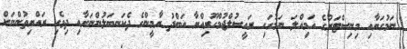
ނަމުގަޔާއި މިނިސްޓަރުގެ އަމިއްލަ ނަމުގައި ރައީސުލްޖުމްހޫރިއްޔާ އަބްދު ޔާމީންގެ ދެކަނބަލުންނަށާއި ދިވެހި ރައްޔިތުންނަށް